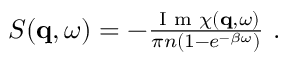
\begin{array} { r } { S ( \mathbf { q } , \omega ) = - \frac { \textnormal { I m } \chi ( \mathbf { q } , \omega ) } { \pi n ( 1 - e ^ { - \beta \omega } ) } \ . } \end{array}